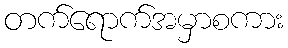
တက်ရောက်အမှာစကား